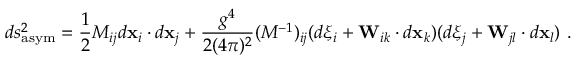
d s _ { \mathrm { a s y m } } ^ { 2 } = \frac { 1 } { 2 } M _ { i j } d { \bf x } _ { i } \cdot d { \bf x } _ { j } + \frac { g ^ { 4 } } { 2 ( 4 \pi ) ^ { 2 } } ( M ^ { - 1 } ) _ { i j } ( d \xi _ { i } + { \bf W } _ { i k } \cdot d { \bf x } _ { k } ) ( d \xi _ { j } + { \bf W } _ { j l } \cdot d { \bf x } _ { l } ) \, \, .